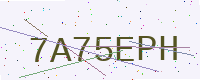
Text: 7A75EPH